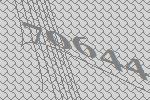
70644